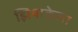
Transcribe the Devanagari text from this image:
झियाकेला